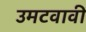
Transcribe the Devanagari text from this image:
उमटवावी